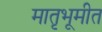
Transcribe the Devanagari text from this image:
मातृभूमीत